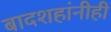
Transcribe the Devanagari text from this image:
बादशहांनीही